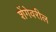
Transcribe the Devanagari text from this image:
शेंगेवरील